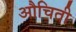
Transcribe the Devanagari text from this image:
औचिती